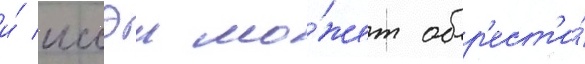
и́ иссэи мо́жет обр'ест'и́